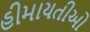
હીમાયતીઓ